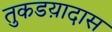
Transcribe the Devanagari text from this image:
तुकडय़ादास